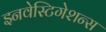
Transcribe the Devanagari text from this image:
इनवेस्टिगेशन्स